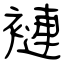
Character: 褳